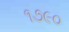
૧૭૯૦